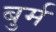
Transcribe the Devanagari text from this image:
बुर्म